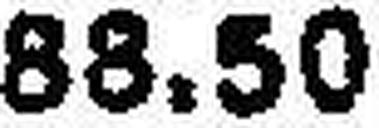
88.50